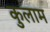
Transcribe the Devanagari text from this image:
कुलाम